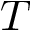
T